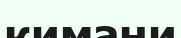
кимани